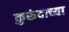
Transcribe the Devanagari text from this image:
कुरुंदाच्या